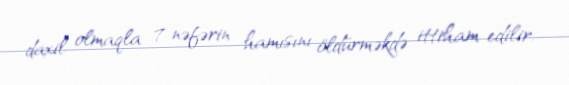
daxil olmaqla 7 nəfərin hamısını öldürməkdə ittiham edilir.